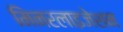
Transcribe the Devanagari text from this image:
मिनरलाइजेशन